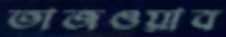
তাজওয়াব